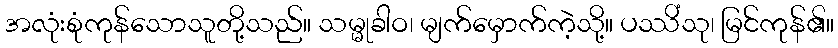
အလုံးစုံကုန်သောသူတို့သည်။ သမ္မုခါဝ၊ မျက်မှောက်ကဲ့သို့။ ပဿိံသု၊ မြင်ကုန်၏။